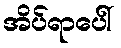
အိပ်ရာပေါ်